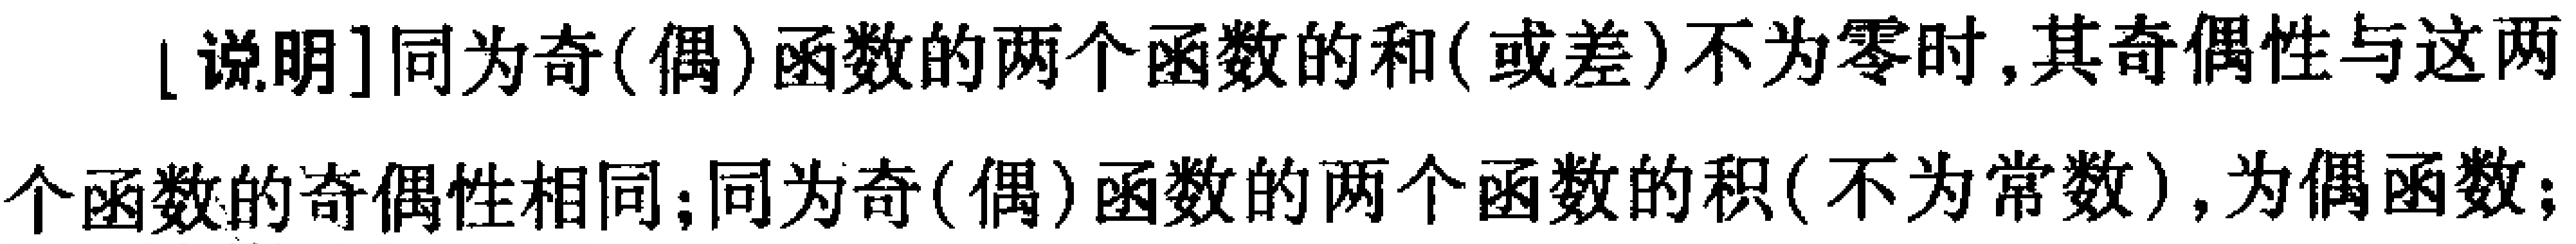
[说明]同为奇(偶)函数的两个函数的和(或差)不为零时,其奇偶性与这两个函数的奇偶性相同;同为奇(偶)函数的两个函数的积(不为常数),为偶函数;